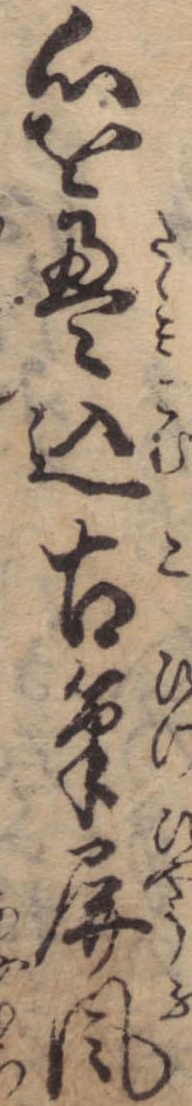
心を畳込古筆屏風